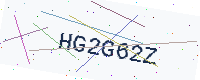
Text: HG2G62Z